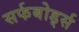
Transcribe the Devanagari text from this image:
सर्फबोर्ड्स